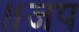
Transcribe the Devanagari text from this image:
॥जप